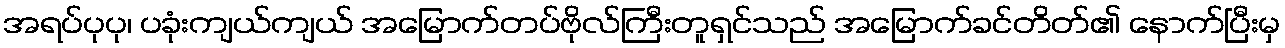
အရပ်ပုပု၊ ပခုံးကျယ်ကျယ် အမြောက်တပ်ဗိုလ်ကြီးတူရှင်သည် အမြောက်ခင်တိတ်၏ နောက်ပြီးမှ